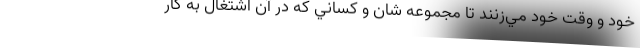
خود و وقت خود مي‌زنند تا مجموعه شان و كساني كه در آن اشتغال به كار